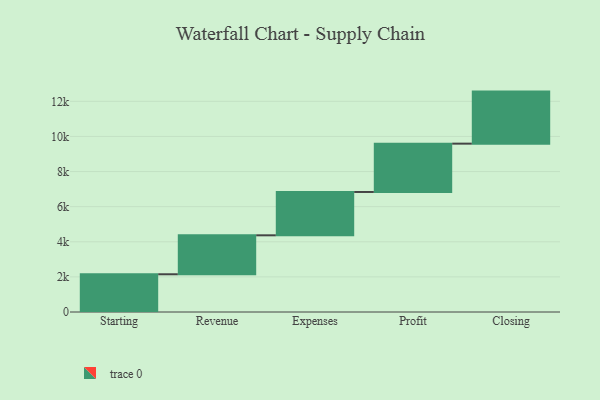
{"axis": {"x": "Step", "y": "Value"}, "legend": [""], "data": [{"x": "Starting", "y": 2149.0, "type": ""}, {"x": "Revenue", "y": 2219.0, "type": ""}, {"x": "Expenses", "y": 2469.0, "type": ""}, {"x": "Profit", "y": 2752.0, "type": ""}, {"x": "Closing", "y": 2965.0, "type": ""}]}